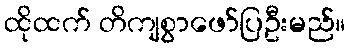
ထိုထက် တိကျစွာဖော်ပြဦးမည်။